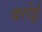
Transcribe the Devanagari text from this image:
बरोई